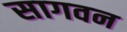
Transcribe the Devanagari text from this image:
सागवन